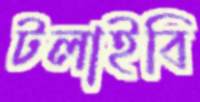
টলাইবি